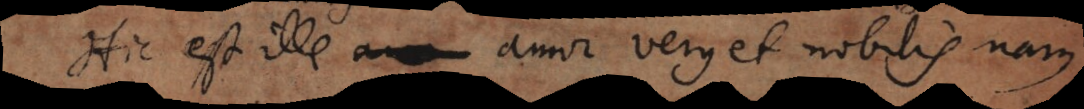
Hic est ille amor verus et nobilis nam